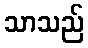
သာသည်